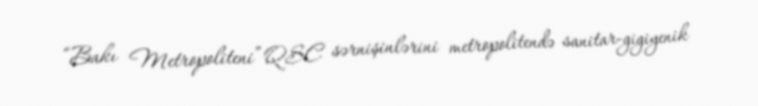
“Bakı Metropoliteni” QSC sərnişinlərini metropolitendə sanitar-gigiyenik